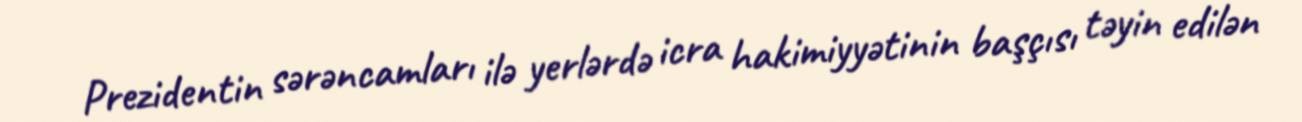
Prezidentin sərəncamları ilə yerlərdə icra hakimiyyətinin başçısı təyin edilən